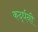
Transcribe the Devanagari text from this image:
कर्द्धनी